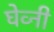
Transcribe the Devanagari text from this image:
घेव्नी